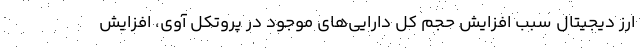
ارز دیجیتال سبب افزایش حجم کل دارایی‌های موجود در پروتکل آوی، افزایش